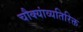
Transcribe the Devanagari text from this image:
चौक्यांव्यतिरिक्त